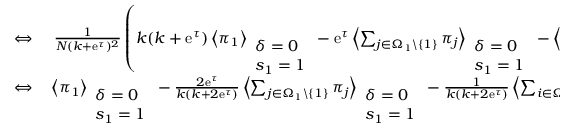
\begin{array} { r l } { \Leftrightarrow } & { { } ~ \frac { 1 } { N ( k + \mathrm { e } ^ { \tau } ) ^ { 2 } } \left( k ( k + \mathrm { e } ^ { \tau } ) \left\langle \pi _ { 1 } \right\rangle _ { \begin{array} { l } { \delta = 0 } \\ { s _ { 1 } = 1 } \end{array} } - \mathrm { e } ^ { \tau } \left\langle \sum _ { j \in \Omega _ { 1 } \backslash \{ 1 \} } \pi _ { j } \right\rangle _ { \begin{array} { l } { \delta = 0 } \\ { s _ { 1 } = 1 } \end{array} } - \left\langle \sum _ { i \in \Omega _ { 1 } \backslash \{ 1 \} } \sum _ { \ell \in \Omega _ { i } \backslash \{ i \} } \pi _ { \ell } \right\rangle _ { \begin{array} { l } { \delta = 0 } \\ { s _ { 1 } = 1 } \end{array} } \right) } \\ { \Leftrightarrow } & { { } \left\langle \pi _ { 1 } \right\rangle _ { \begin{array} { l } { \delta = 0 } \\ { s _ { 1 } = 1 } \end{array} } - \frac { 2 \mathrm { e } ^ { \tau } } { k ( k + 2 \mathrm { e } ^ { \tau } ) } \left\langle \sum _ { j \in \Omega _ { 1 } \backslash \{ 1 \} } \pi _ { j } \right\rangle _ { \begin{array} { l } { \delta = 0 } \\ { s _ { 1 } = 1 } \end{array} } - \frac { 1 } { k ( k + 2 \mathrm { e } ^ { \tau } ) } \left\langle \sum _ { i \in \Omega _ { 1 } \backslash \{ 1 \} } \sum _ { \ell \in \Omega _ { i } \backslash \{ i \} } \pi _ { \ell } \right\rangle _ { \begin{array} { l } { \delta = 0 } \\ { s _ { 1 } = 1 } \end{array} } > 0 . } \end{array}